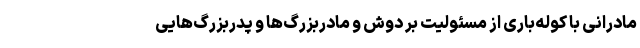
مادرانی با کوله‌باری از مسئولیت بر دوش‌ و مادربزرگ‌ها و پدربزرگ‌هایی